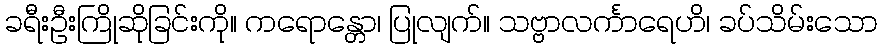
ခရီးဦးကြိုဆိုခြင်းကို။ ကရောန္တော၊ ပြုလျက်။ သဗ္ဗာလင်္ကာရေဟိ၊ ခပ်သိမ်းသော